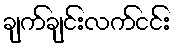
ချက်ချင်းလက်ငင်း